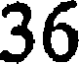
36